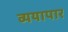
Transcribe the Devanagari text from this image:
व्ययापार